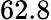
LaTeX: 62.8